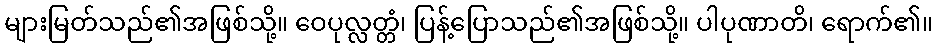
များမြတ်သည်၏အဖြစ်သို့။ ဝေပုလ္လတ္တံ၊ ပြန့်ပြောသည်၏အဖြစ်သို့။ ပါပုဏာတိ၊ ရောက်၏။